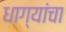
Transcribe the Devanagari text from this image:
धाग्यांचा